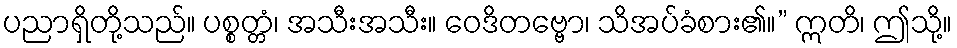
ပညာရှိတို့သည်။ ပစ္စတ္တံ၊ အသီးအသီး။ ဝေဒိတဗ္ဗော၊ သိအပ်ခံစား၏။” ဣတိ၊ ဤသို့။